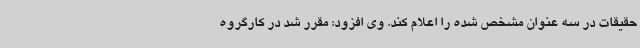
حقیقات در سه عنوان مشخص شده را اعلام کند. وی افزود: مقرر شد در کارگروه